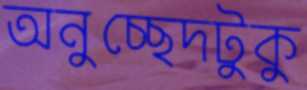
অনুচ্ছেদটুকু